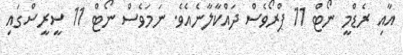
އާއި ރެޑްމީ ނޯޓް 11 ޕްރޯވެސް ދައްކާލާނެއެވެ. ނަމަވެސް ނޯޓް 11 ސީރީސްގައި